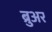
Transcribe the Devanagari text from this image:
ब्रुअर